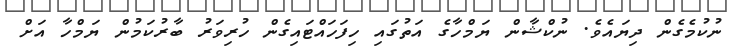
ނުކުމެގެން ދިޔައެވެ. ނުކްޝާން ޔަމްހާގެ އަތުގައި ހިފަހައްޓައިގެން ހުރިވަރު ބާރުކަމުން ޔަމްހާ އަށް